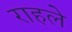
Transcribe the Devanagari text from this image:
राहले